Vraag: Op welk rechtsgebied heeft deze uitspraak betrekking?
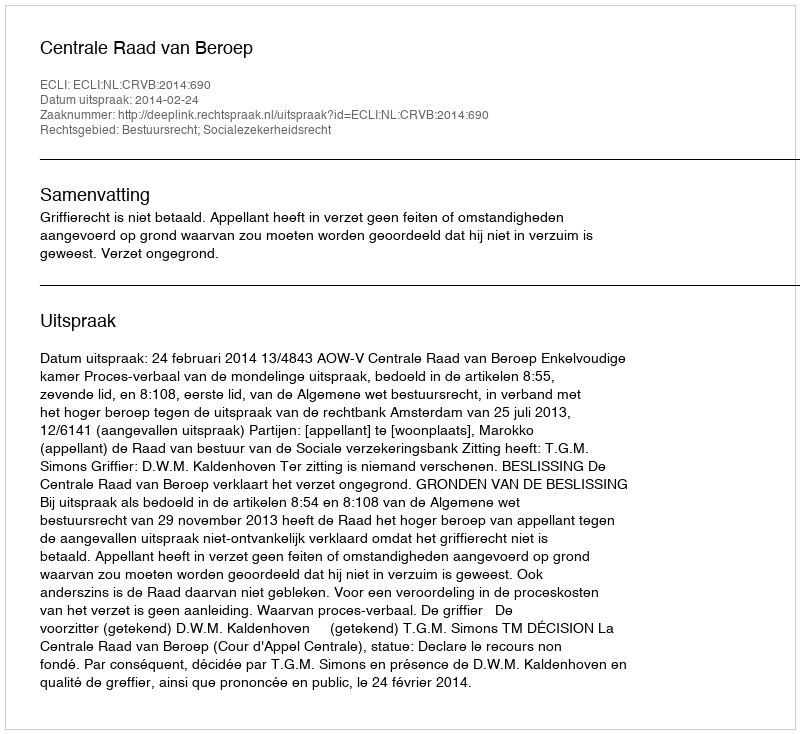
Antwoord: Bestuursrecht; Socialezekerheidsrecht